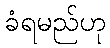
ခံရမည်ဟု